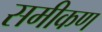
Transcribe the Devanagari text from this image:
समीकण